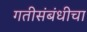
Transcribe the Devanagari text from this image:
गतीसंबंधीचा